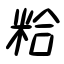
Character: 粭